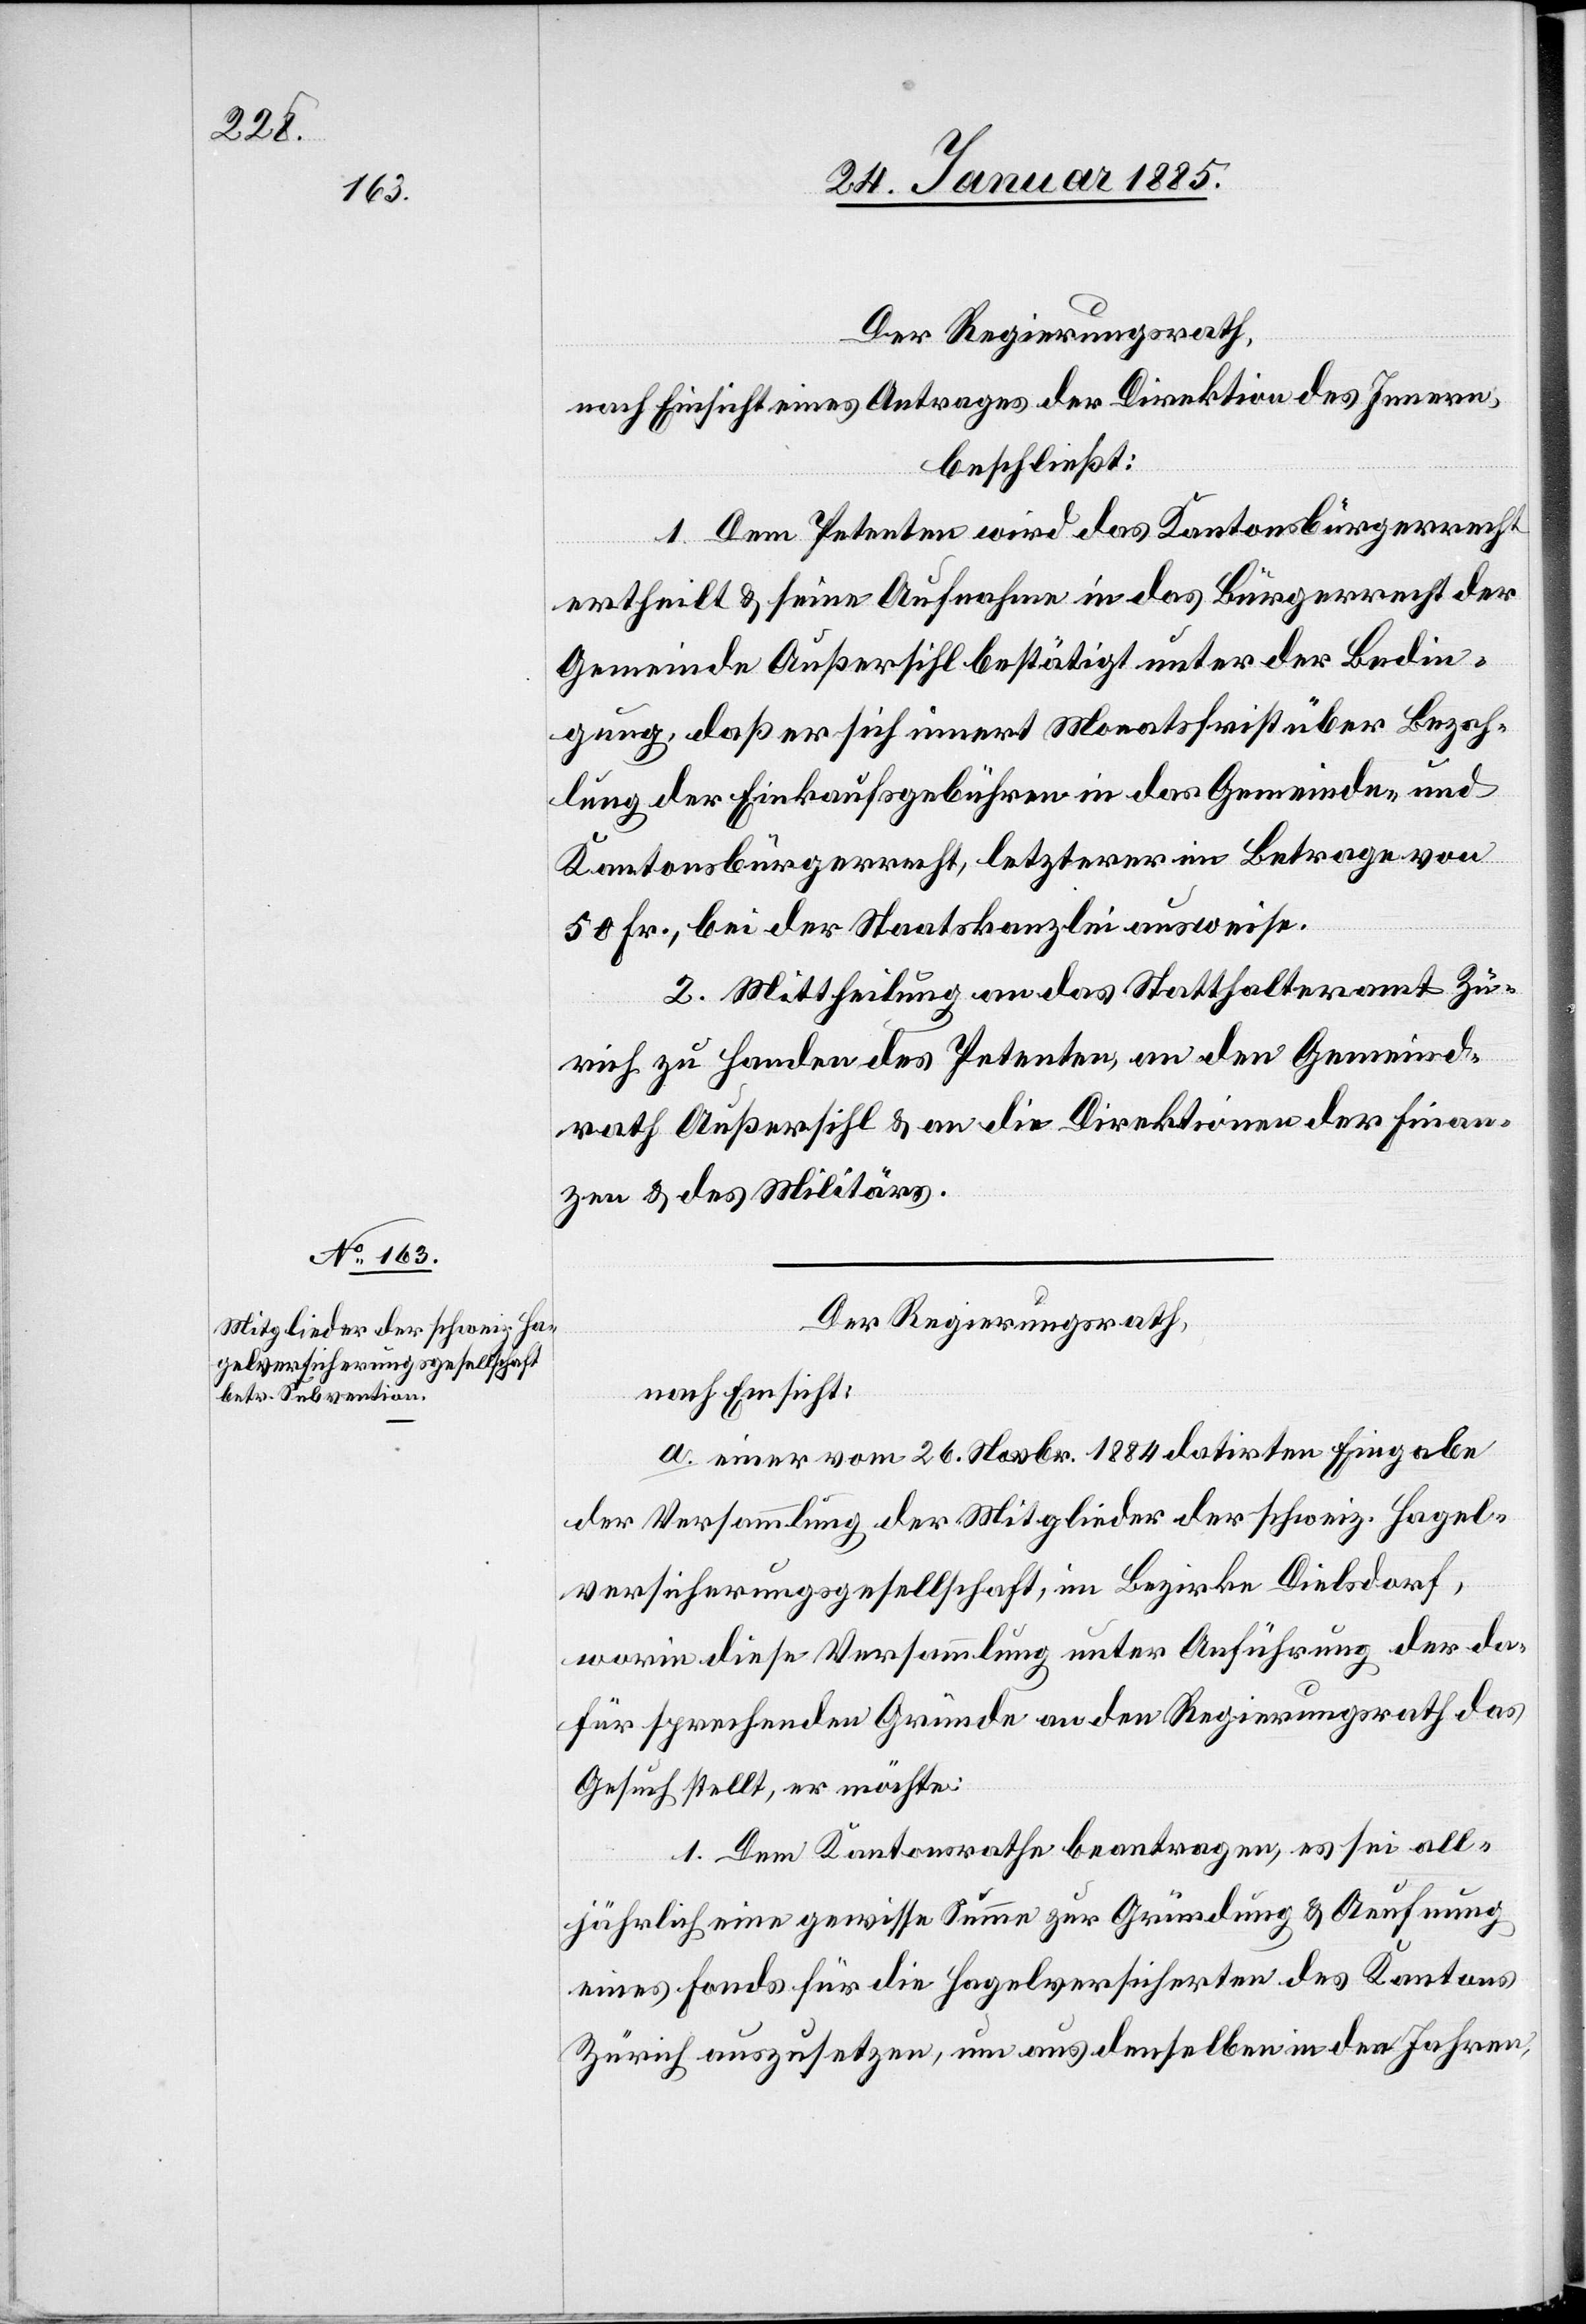
Der Regierungsrath,
nach Einsicht eines Antrages der Direktion des Innern,
beschließt:
1. Dem Petenten wird das Kantonsbürgerrecht
ertheilt & seine Aufnahme in das Bürgerrecht der
Gemeinde Außersihl bestätigt unter der Bedin¬
gung, daß er sich innert Monatsfrist über Bezah¬
lung der Einkaufsgebühren in das Gemeinde- und
Kantonsbürgerrecht, letzterer im Betrage von
50 Fr., bei der Staatskanzlei ausweise.
2. Mittheilung an das Statthalteramt Zü¬
rich zu Handen des Petenten, an den Gemeind¬
rath Außersihl & an die Direktionen der Finan¬
zen & des Militärs.
Der Regierungsrath,
nach Einsicht:
a. einer vom 26. Novbr. 1884 datirten Eingabe
der Versammlung der Mitglieder der schweiz. Hagel¬
versicherungsgesellschaft, im Bezirke Dielsdorf,
worin diese Versammlung unter Anführung der da¬
für sprechenden Gründe an den Regierungsrath das
Gesuch stellt, er möchte:
1. Dem Kantonsrathe beantragen, es sei all¬
jährlich eine gewisse Summe zur Gründung & Aeufnung
eines Fonds für die Hagelversicherten des Kantons
Zürich auszusetzen, um aus denselben in den Jahren,